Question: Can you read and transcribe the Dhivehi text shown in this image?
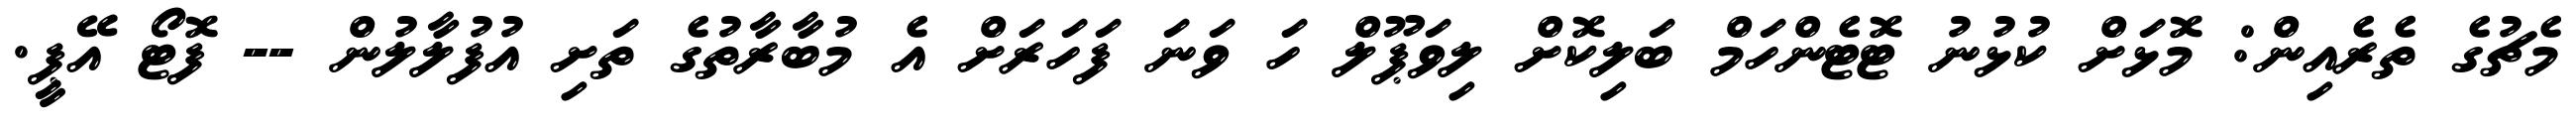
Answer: މެޗުގެ ތެރެއިން: މޮޅަށް ކުޅުނު ޓޮޓެންހަމް ބަލިކޮށް ލިވަޕޫލް ހަ ވަނަ ފަހަރަށް އެ މުބާރާތުގެ ތަށި އުފުލާލުން -- ފޮޓޯ އޭޕީ.